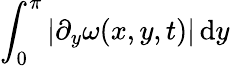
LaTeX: \int_{0}^{\pi}|\partial_{y}\omega(x,y,t)|\, \mathrm{d}y